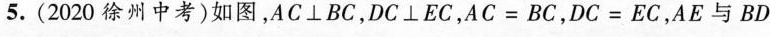
5.(2020徐州中考)如图，$$A C ⊥ B C$$，$$D C ⊥ E C$$，$$A C = B C$$，$$D C = E C$$，AE与BD